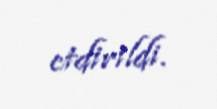
etdirildi.